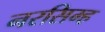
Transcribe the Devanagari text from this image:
नरसिम्ह